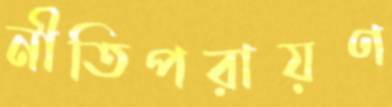
নীতিপরায়ণ